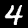
Label: 4